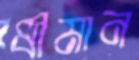
ধীমান